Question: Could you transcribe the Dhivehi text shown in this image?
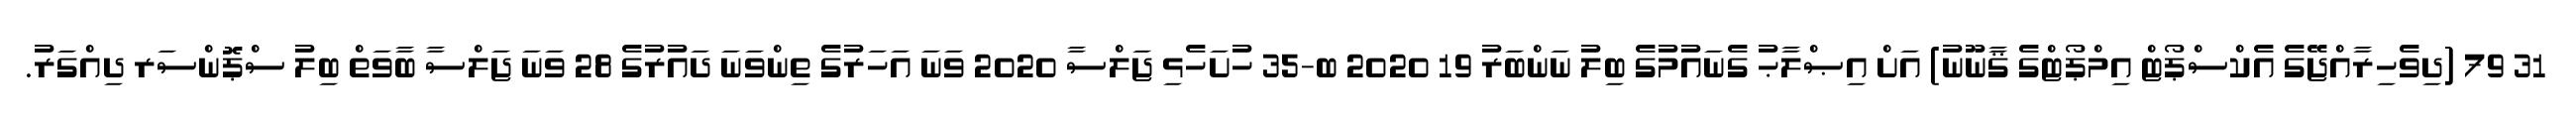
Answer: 31 79 (ދިވެހިރާއްޖޭގެ އެކްސްޕޯޓް އިމްޕޯޓްގެ ޤާނޫނު) އަށް އިޞްލާޙު ގެނައުމުގެ ބިލު ނަންބަރު 19 2020 ބ-35 ހުށަހެޅި ޖަލްސާ 2020 ވަނަ އަހަރުގެ ތިންވަނަ ދައުރުގެ 28 ވަނަ ޖަލްސާ ބާވަތް ބިލު ސްޕޮންސަރ ދިއްގަރު.